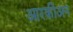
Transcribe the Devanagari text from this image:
आरकीअन